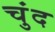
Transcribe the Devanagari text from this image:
चुंद